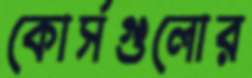
কোর্সগুলোর